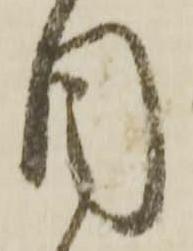
目